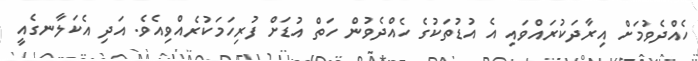
ހެއްދެވުމަށް އިރާދަކުރައްވައި އެ އުޑުތަކުގެ ހެއްދެވުން ހަތް އުޑަށް ފުރިހަމަކުރެއްވިއެވެ. އަދި އެކަލާނގެއީ